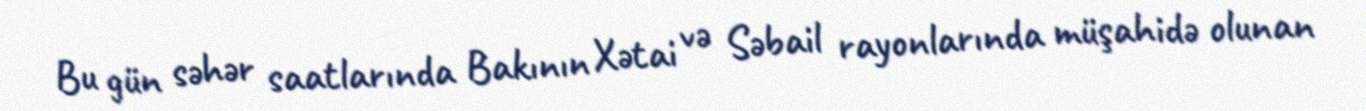
Bu gün səhər saatlarında Bakının Xətai və Səbail rayonlarında müşahidə olunan